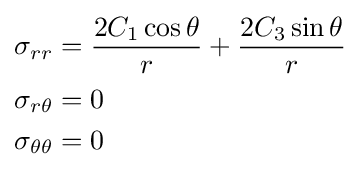
{\begin{aligned}\sigma _{rr}&={\frac {2C_{1}\cos \theta }{r}}+{\frac {2C_{3}\sin \theta }{r}}\\\sigma _{r\theta }&=0\\\sigma _{\theta \theta }&=0\end{aligned}}